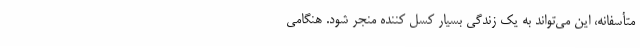
متأسفانه، این می‌تواند به یک زندگی بسیار کسل کننده منجر شود. هنگامی